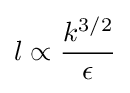
l\propto {\frac {k^{3/2}}{\epsilon }}